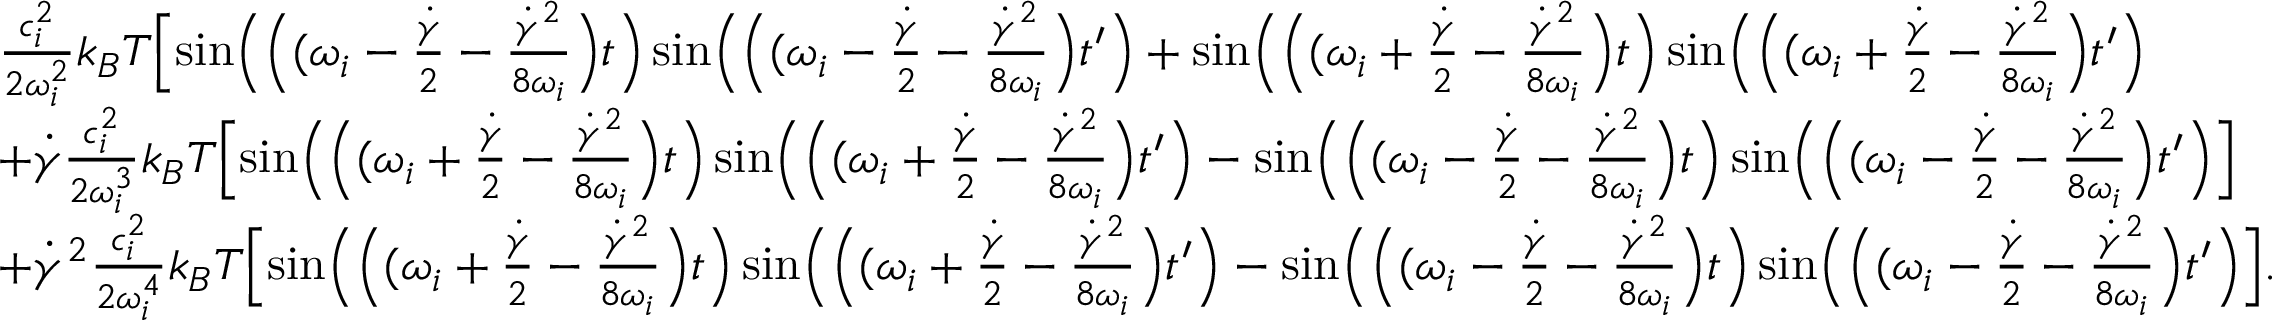
\begin{array} { r l } & { \frac { c _ { i } ^ { 2 } } { 2 \omega _ { i } ^ { 2 } } k _ { B } T \Bigl [ \sin \Bigl ( \Bigl ( ( \omega _ { i } - \frac { \dot { \gamma } } { 2 } - \frac { \dot { \gamma } ^ { 2 } } { 8 \omega _ { i } } \Bigr ) t \Bigr ) \sin \Bigl ( \Bigl ( ( \omega _ { i } - \frac { \dot { \gamma } } { 2 } - \frac { \dot { \gamma } ^ { 2 } } { 8 \omega _ { i } } \Bigr ) t ^ { \prime } \Bigr ) + \sin \Bigl ( \Bigl ( ( \omega _ { i } + \frac { \dot { \gamma } } { 2 } - \frac { \dot { \gamma } ^ { 2 } } { 8 \omega _ { i } } \Bigr ) t \Bigr ) \sin \Bigl ( \Bigl ( ( \omega _ { i } + \frac { \dot { \gamma } } { 2 } - \frac { \dot { \gamma } ^ { 2 } } { 8 \omega _ { i } } \Bigr ) t ^ { \prime } \Bigr ) } \\ & { + \dot { \gamma } \frac { c _ { i } ^ { 2 } } { 2 \omega _ { i } ^ { 3 } } k _ { B } T \Bigl [ \sin \Bigl ( \Bigl ( ( \omega _ { i } + \frac { \dot { \gamma } } { 2 } - \frac { \dot { \gamma } ^ { 2 } } { 8 \omega _ { i } } \Bigr ) t \Bigr ) \sin \Bigl ( \Bigl ( ( \omega _ { i } + \frac { \dot { \gamma } } { 2 } - \frac { \dot { \gamma } ^ { 2 } } { 8 \omega _ { i } } \Bigr ) t ^ { \prime } \Bigr ) - \sin \Bigl ( \Bigl ( ( \omega _ { i } - \frac { \dot { \gamma } } { 2 } - \frac { \dot { \gamma } ^ { 2 } } { 8 \omega _ { i } } \Bigr ) t \Bigr ) \sin \Bigl ( \Bigl ( ( \omega _ { i } - \frac { \dot { \gamma } } { 2 } - \frac { \dot { \gamma } ^ { 2 } } { 8 \omega _ { i } } \Bigr ) t ^ { \prime } \Bigr ) \Bigr ] } \\ & { + \dot { \gamma } ^ { 2 } \frac { c _ { i } ^ { 2 } } { 2 \omega _ { i } ^ { 4 } } k _ { B } T \Bigl [ \sin \Bigl ( \Bigl ( ( \omega _ { i } + \frac { \dot { \gamma } } { 2 } - \frac { \dot { \gamma } ^ { 2 } } { 8 \omega _ { i } } \Bigr ) t \Bigr ) \sin \Bigl ( \Bigl ( ( \omega _ { i } + \frac { \dot { \gamma } } { 2 } - \frac { \dot { \gamma } ^ { 2 } } { 8 \omega _ { i } } \Bigr ) t ^ { \prime } \Bigr ) - \sin \Bigl ( \Bigl ( ( \omega _ { i } - \frac { \dot { \gamma } } { 2 } - \frac { \dot { \gamma } ^ { 2 } } { 8 \omega _ { i } } \Bigr ) t \Bigr ) \sin \Bigl ( \Bigl ( ( \omega _ { i } - \frac { \dot { \gamma } } { 2 } - \frac { \dot { \gamma } ^ { 2 } } { 8 \omega _ { i } } \Bigr ) t ^ { \prime } \Bigr ) \Bigr ] . } \end{array}